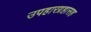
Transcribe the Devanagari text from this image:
उपहारग्रहासह